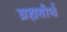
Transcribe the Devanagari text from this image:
ब्रह्मतीर्थ